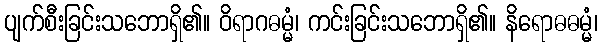
ပျက်စီးခြင်းသဘောရှိ၏။ ဝိရာဂဓမ္မံ၊ ကင်းခြင်းသဘောရှိ၏။ နိရောဓဓမ္မံ၊